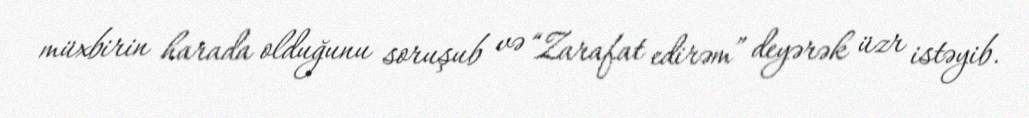
müxbirin harada olduğunu soruşub və “Zarafat edirəm” deyərək üzr istəyib.